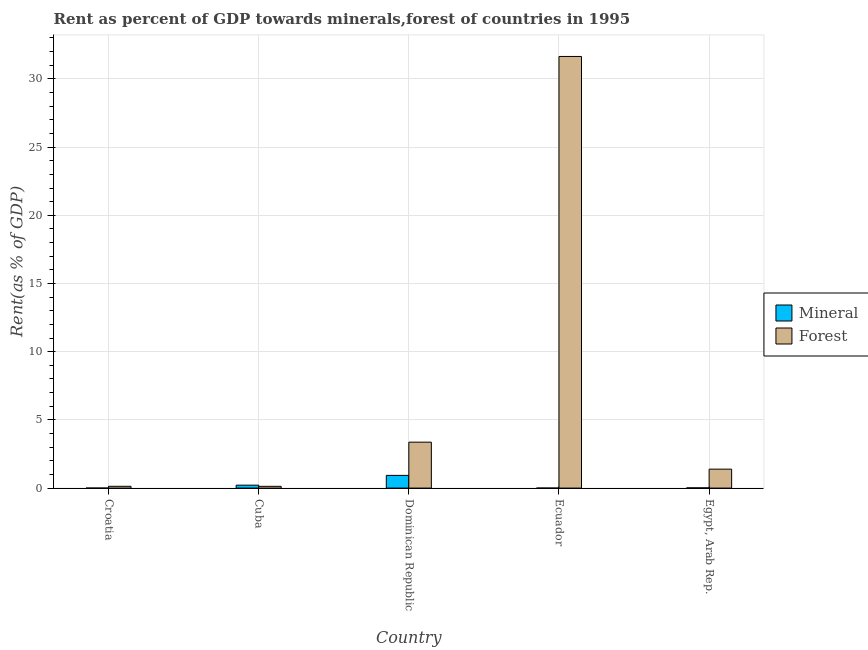
| Country | Mineral | Forest |
 | --- | --- | --- |
 | Croatia | 3.81e-05 | 0.131 |
 | Cuba | 0.215 | 0.129 |
 | Dominican Republic | 0.932 | 3.37 |
 | Ecuador | 0.000415 | 31.6 |
 | Egypt, Arab Rep. | 0.017 | 1.39 |